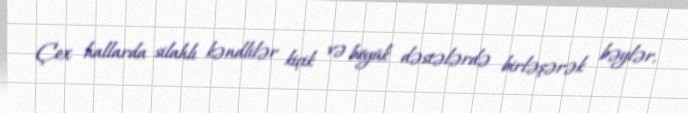
Çox hallarda silahlı kəndlilər kiçik və böyük dəstələrdə birləşərək bəylər,